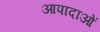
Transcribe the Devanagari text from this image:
आपादाओं